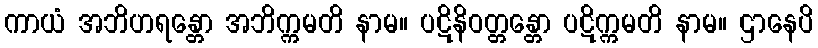
ကာယံ အဘိဟရန္တော အဘိက္ကမတိ နာမ။ ပဋိနိဝတ္တန္တော ပဋိက္ကမတိ နာမ။ ဌာနေပိ